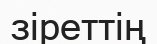
зіреттің